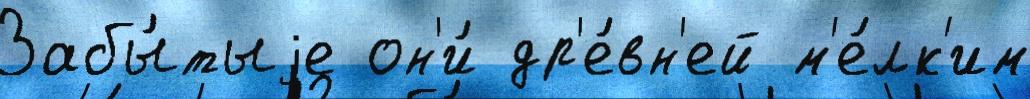
Забы́тыjе он'и́ др'е́вн'ей м'е́лк'им